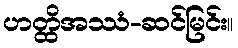
ဟတ္ထိအဿံ-ဆင်မြင်း။